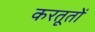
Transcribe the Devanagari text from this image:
करतूतोें